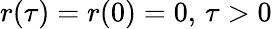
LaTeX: r(\tau)=r(0)=0,\, \tau>0